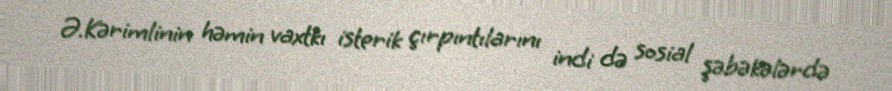
Ə.Kərimlinin həmin vaxtkı isterik çırpıntılarını indi də sosial şəbəkələrdə